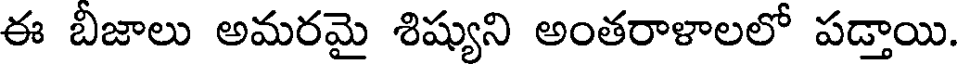
ఈ బీజాలు అమరమై శిష్యుని అంతరాళాలలో పడ్తాయి.